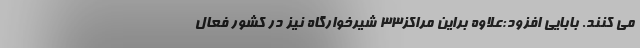
می کنند. بابایی افزود:علاوه براین مراکز۳۳ شیرخوارگاه نیز در کشور فعال